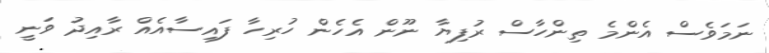
ނަމަވެސް އެންމެ ތިންހާސް ރުފިޔާ ނޫން އެހެން ހުރިހާ ފައިސާއެއް ރާއިދު ވަނީ